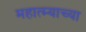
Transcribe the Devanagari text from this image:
महात्म्याच्या